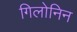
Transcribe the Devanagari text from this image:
गिलोनिन